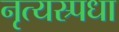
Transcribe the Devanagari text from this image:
नृत्यस्र्पधा